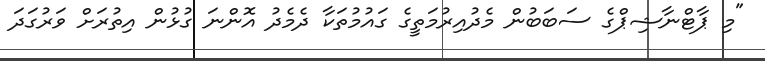
"މި ޕާޓްނާޝިޕްގެ ސަބަބުން މެދުއިރުމަތީގެ ގައުމުތަކާ ދެމެދު އޮންނަ ގުޅުން އިތުރަށް ވަރުގަދަ